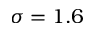
\sigma = 1 . 6